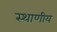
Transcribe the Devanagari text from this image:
स्थाणीय